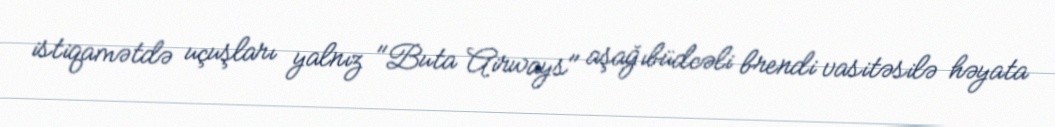
istiqamətdə uçuşları yalnız "Buta Airways" aşağıbüdcəli brendi vasitəsilə həyata